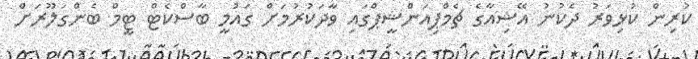
ކުރިން ކުޅިވަރު ދެކުނު އޭޝިއާގެ ޗެމްޕިއަންޝީޕްގައި ވާދަކުރުމަށް ގައުމީ ބާސްކެޓް ޓީމް ބެންގަލޫރަށް